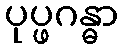
ပုပ္ဖဂန္ဓာ